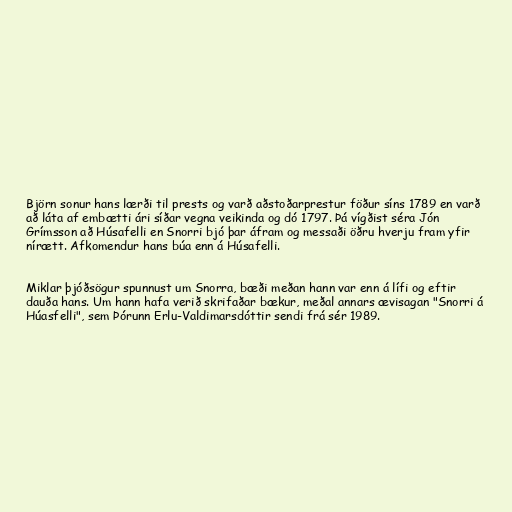
Björn sonur hans lærði til prests og varð aðstoðarprestur föður síns 1789 en varð
að láta af embætti ári síðar vegna veikinda og dó 1797. Þá vígðist séra Jón
Grímsson að Húsafelli en Snorri bjó þar áfram og messaði öðru hverju fram yfir
nírætt. Afkomendur hans búa enn á Húsafelli.

Miklar þjóðsögur spunnust um Snorra, bæði meðan hann var enn á lífi og eftir
dauða hans. Um hann hafa verið skrifaðar bækur, meðal annars ævisagan "Snorri á
Húasfelli", sem Þórunn Erlu-Valdimarsdóttir sendi frá sér 1989.